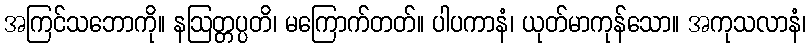
အကြင်သဘောကို။ နဩတ္တပ္ပတိ၊ မကြောက်တတ်။ ပါပကာနံ၊ ယုတ်မာကုန်သော။ အကုသလာနံ၊